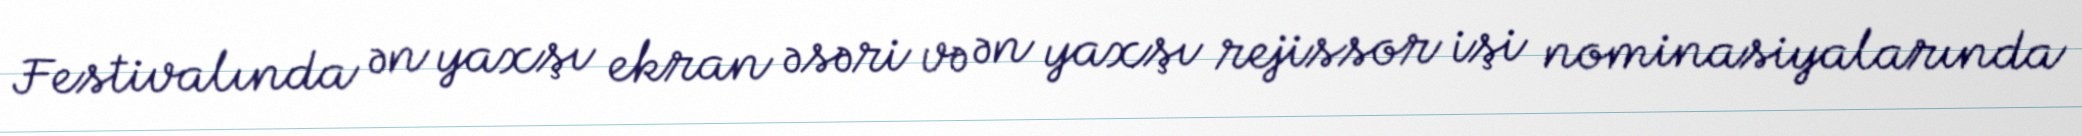
Festivalında ən yaxşı ekran əsəri və ən yaxşı rejissor işi nominasiyalarında